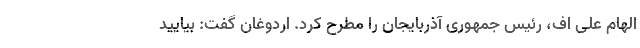
الهام علی اف، رئیس جمهوری آذربایجان را مطرح کرد. اردوغان گفت: بیایید